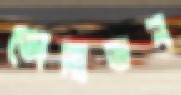
ডোনাভন